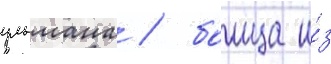
ульмана / боица и́з